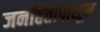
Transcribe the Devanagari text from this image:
जनहितापासून